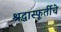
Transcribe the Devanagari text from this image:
श्रद्धास्फूर्तीचे